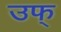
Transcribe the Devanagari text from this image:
उफ्‌